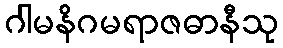
ဂါမနိဂမရာဇဓာနီသု